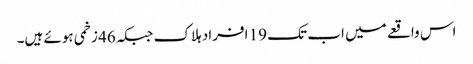
اس واقعے میں اب تک 19 افراد ہلاک جبکہ 46 زخمی ہوئے ہیں۔